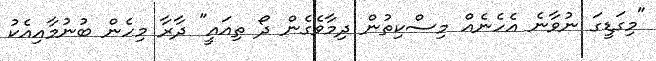
"މިގަޑީގަ ނުވާނެ އެހެނެއް މިސްކިތުން ދިމާވެގެން ދޯ ތިއައީ" ދާރާ މިހެން ބުނުމާއިއެކު